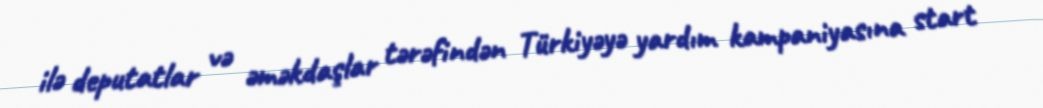
ilə deputatlar və əməkdaşlar tərəfindən Türkiyəyə yardım kampaniyasına start